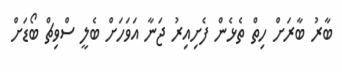
ބާރު ބާރަށް ހިތް ތެޅެން ފެށިއިރު ޖަނާ އަވަހަށް ބެލީ ސްވިޗް ބޯޑަށް